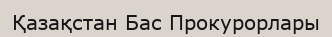
Қазақстан Бас Прокурорлары